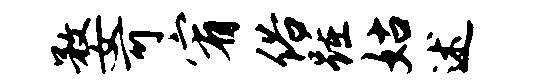
婺可宥俗踵姑述